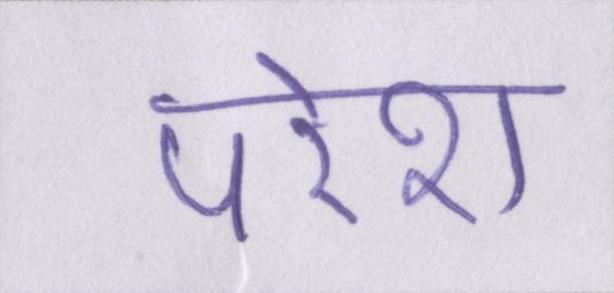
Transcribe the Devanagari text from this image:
परेश